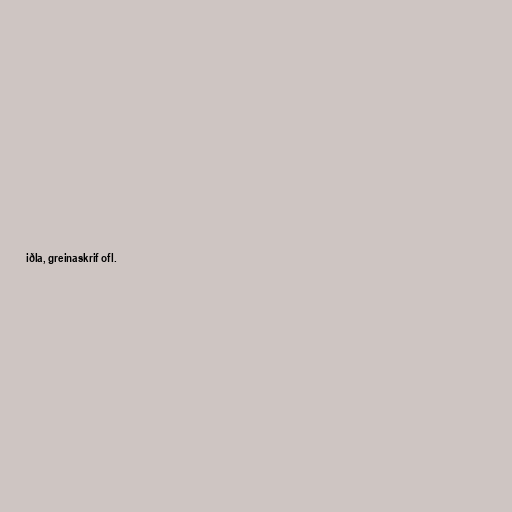
iðla, greinaskrif ofl.